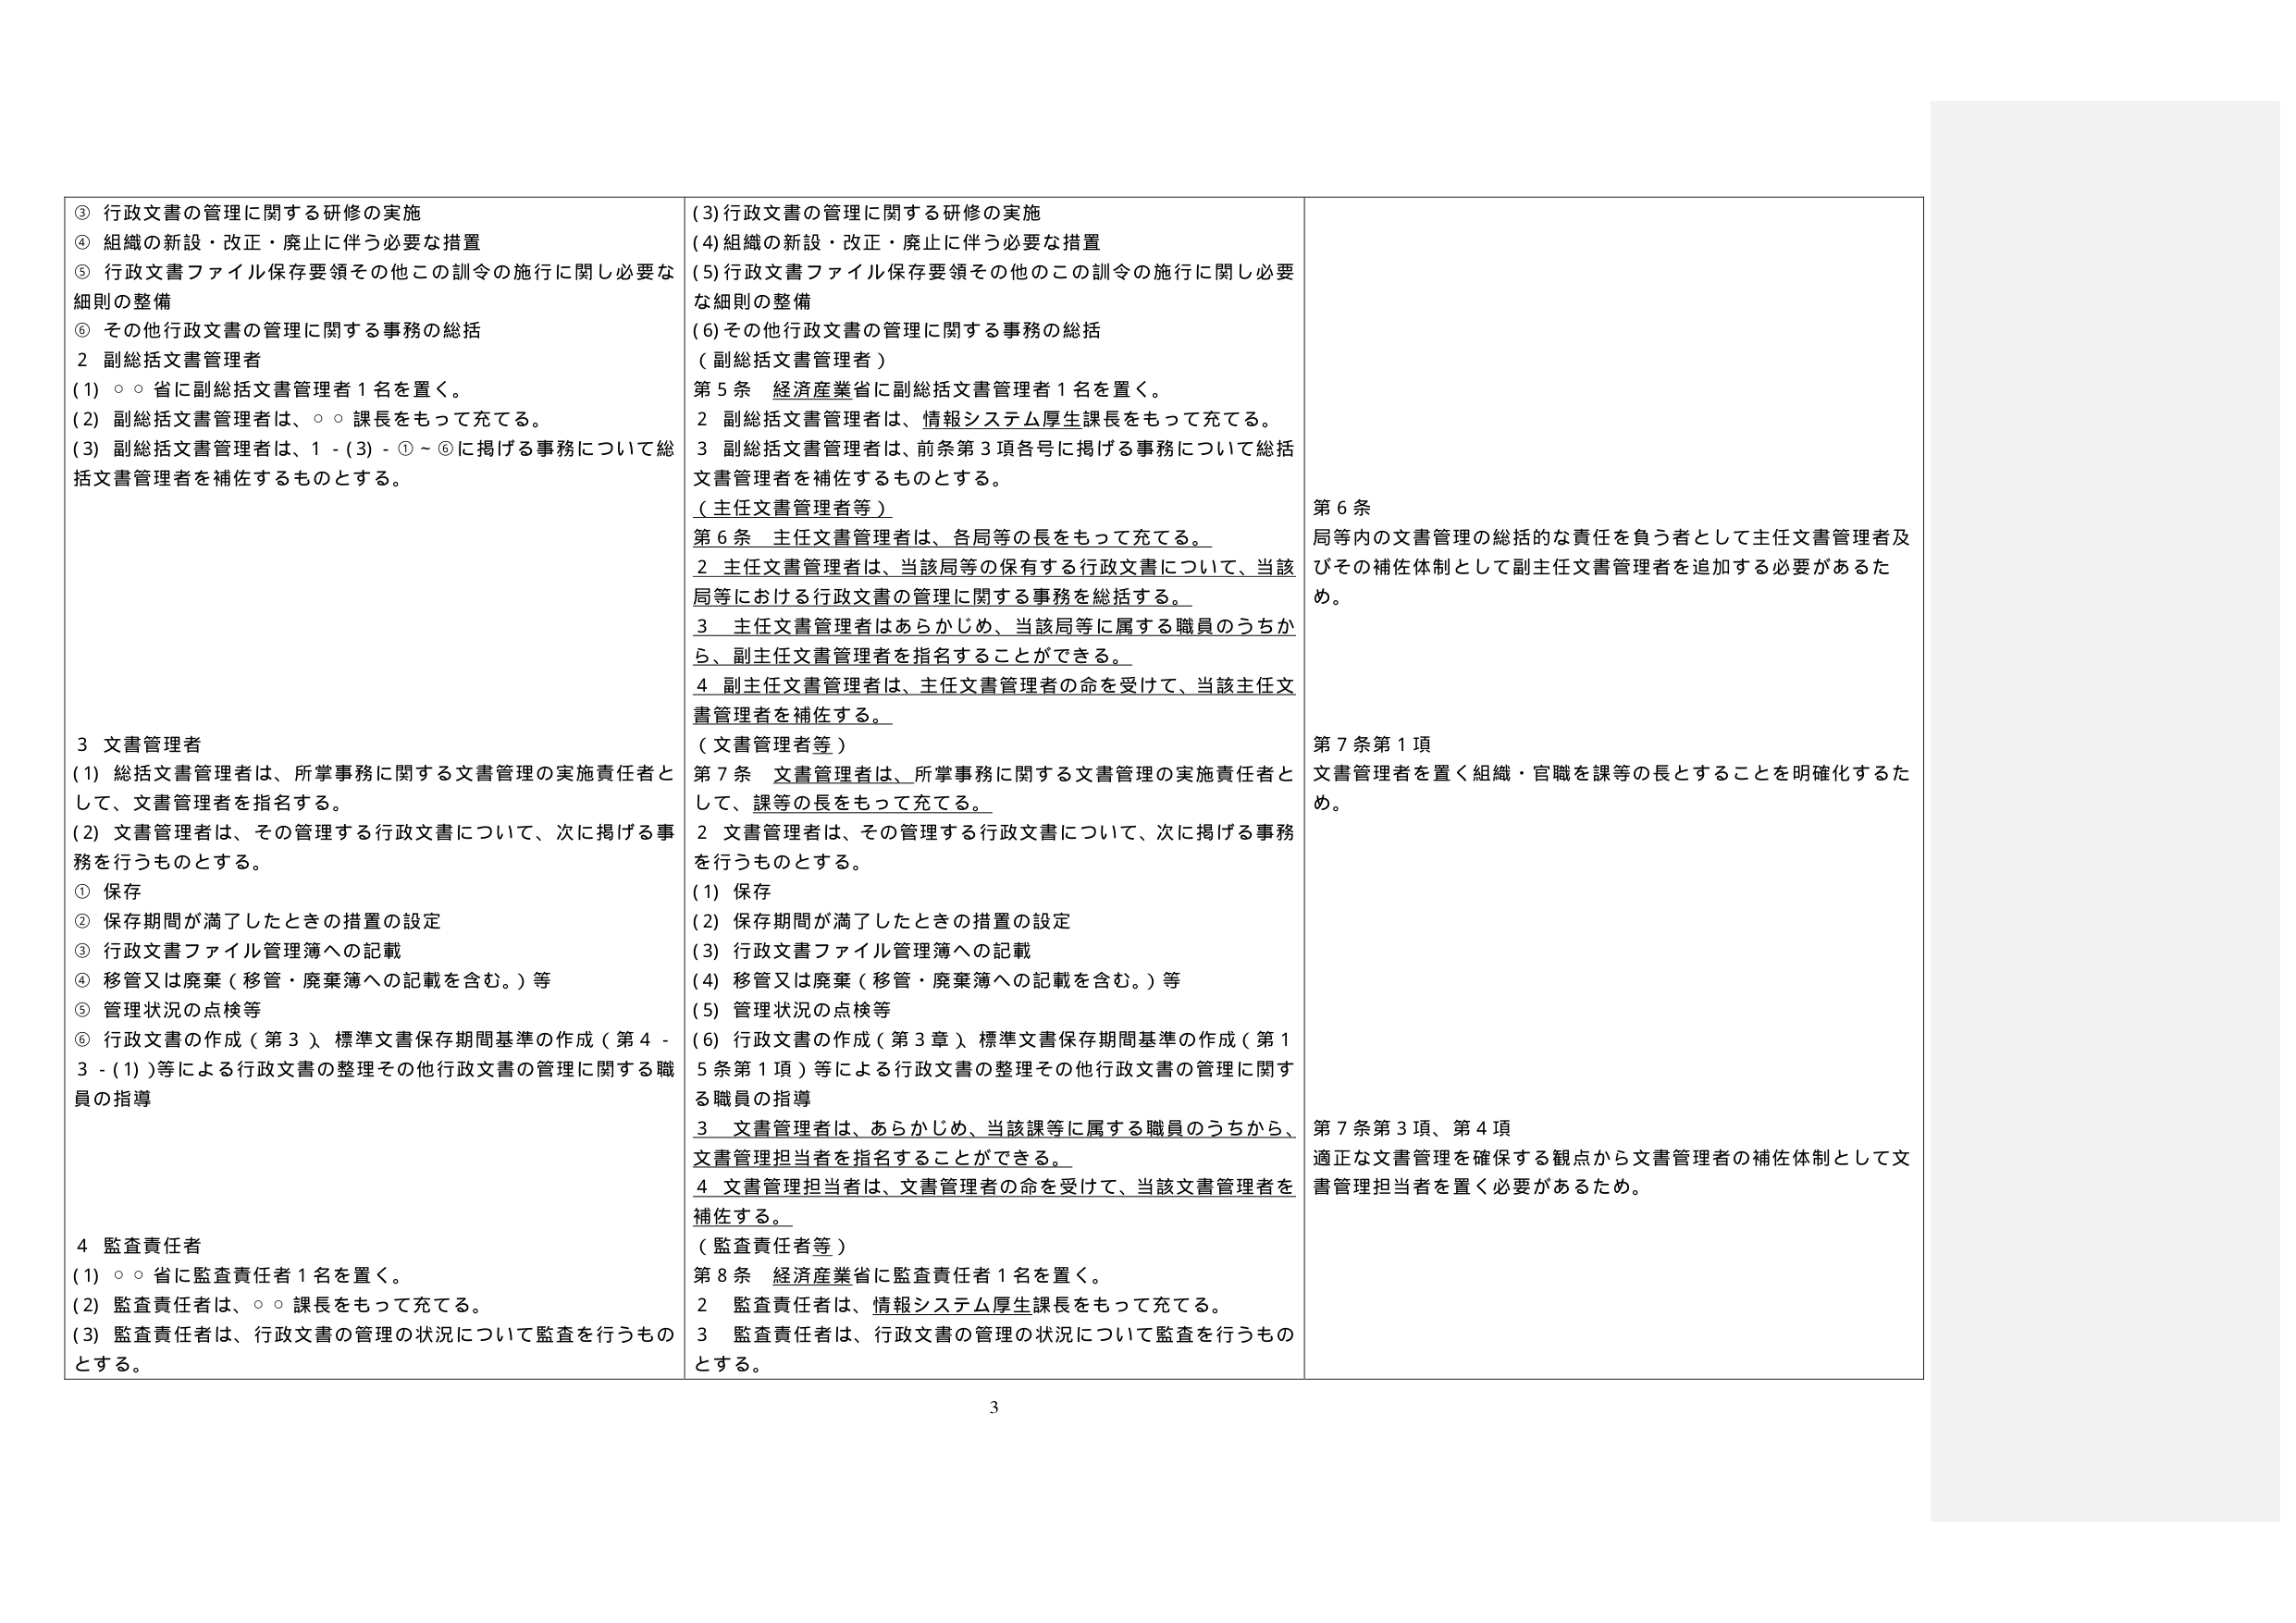
③ 行政文書の管理に関する研修の実施
④ 組織の新設・改正・廃止に伴う必要な措置
⑤ 行政文書ファイル保存要領その他この訓令の施行に関し必要な細則の整備
⑥ その他行政文書の管理に関する事務の総括

2 副総括文書管理者
(1) ○○省に副総括文書管理者1名を置く。
(2) 副総括文書管理者は、○○課長をもって充てる。
(3) 副総括文書管理者は、1-(3)-①～⑥に掲げる事務について総括文書管理者を補佐するものとする。

3 文書管理者
(1) 総括文書管理者は、所掌事務に関する文書管理の実施責任者として、文書管理者を指名する。
(2) 文書管理者は、その管理する行政文書について、次に掲げる事務を行うものとする。
① 保存
② 保存期間が満了したときの措置の設定
③ 行政文書ファイル管理簿への記載
④ 移管又は廃棄（移管・廃棄簿への記載を含む。）等
⑤ 管理状況の点検等
⑥ 行政文書の作成（第3）、標準文書保存期間基準の作成（第4-3-(1)）等による行政文書の整理その他行政文書の管理に関する職員の指導

4 監査責任者
(1) ○○省に監査責任者1名を置く。
(2) 監査責任者は、○○課長をもって充てる。
(3) 監査責任者は、行政文書の管理の状況について監査を行うものとする。

(3) 行政文書の管理に関する研修の実施
(4) 組織の新設・改正・廃止に伴う必要な措置
(5) 行政文書ファイル保存要領その他この訓令の施行に関し必要な細則の整備
(6) その他行政文書の管理に関する事務の総括
（副総括文書管理者）
第5条 経済産業省に副総括文書管理者1名を置く。
2 副総括文書管理者は、情報システム厚生課長をもって充てる。
3 副総括文書管理者は、前条第3項各号に掲げる事務について総括文書管理者を補佐するものとする。
（主任文書管理者等）
第6条 主任文書管理者は、各局等の長をもって充てる。
2 主任文書管理者は、当該局等の保有する行政文書について、当該局等における行政文書の管理に関する事務を総括する。
3 主任文書管理者はあらかじめ、当該局等に属する職員のうちから、副主任文書管理者を指名することができる。
4 副主任文書管理者は、主任文書管理者の命を受けて、当該主任文書管理者を補佐する。
（文書管理者等）
第7条 文書管理者は、所掌事務に関する文書管理の実施責任者として、課等の長をもって充てる。
2 文書管理者は、その管理する行政文書について、次に掲げる事務を行うものとする。
(1) 保存
(2) 保存期間が満了したときの措置の設定
(3) 行政文書ファイル管理簿への記載
(4) 移管又は廃棄（移管・廃棄簿への記載を含む。）等
(5) 管理状況の点検等
(6) 行政文書の作成（第3章）、標準文書保存期間基準の作成（第15条第1項）等による行政文書の整理その他行政文書の管理に関する職員の指導
3 文書管理者は、あらかじめ、当該課等に属する職員のうちから、文書管理担当者を指名することができる。
4 文書管理担当者は、文書管理者の命を受けて、当該文書管理者を補佐する。
（監査責任者等）
第8条 経済産業省に監査責任者1名を置く。
2 監査責任者は、情報システム厚生課長をもって充てる。
3 監査責任者は、行政文書の管理の状況について監査を行うものとする。

第6条
局等内の文書管理の総括的な責任を負う者として主任文書管理者及びその補佐体制として副主任文書管理者を追加する必要があるため。

第7条第1項
文書管理者を置く組織・官職を課等の長とすることを明確化するため。

第7条第3項、第4項
適正な文書管理を確保する観点から文書管理者の補佐体制として文書管理担当者を置く必要があるため。

3